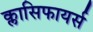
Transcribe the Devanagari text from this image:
क्लासिफायर्स